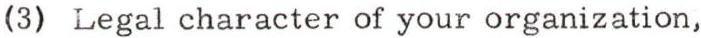
(3) Legal character of your organization,